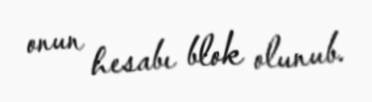
onun hesabı blok olunub.